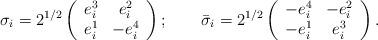
LaTeX: \begin{align*}\sigma _i = 2^{1/2}\left( \begin{array}{cc}e^3 _i& e^2 _i \\e^1 _i& -e^4 _i\end{array} \right);\qquad\bar\sigma _i = 2^{1/2}\left( \begin{array}{cc}- e^4 _i& - e^2 _i \\- e^1 _i& e^3 _i\end{array} \right).\end{align*}